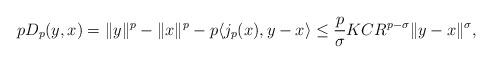
LaTeX: \begin{align*} p D_p(y,x) = \|y\|^p-\|x\|^p - p\langle j_p(x), y-x\rangle \leq \frac p \sigma K C R^{p-\sigma}\|y-x\|^\sigma, \end{align*}